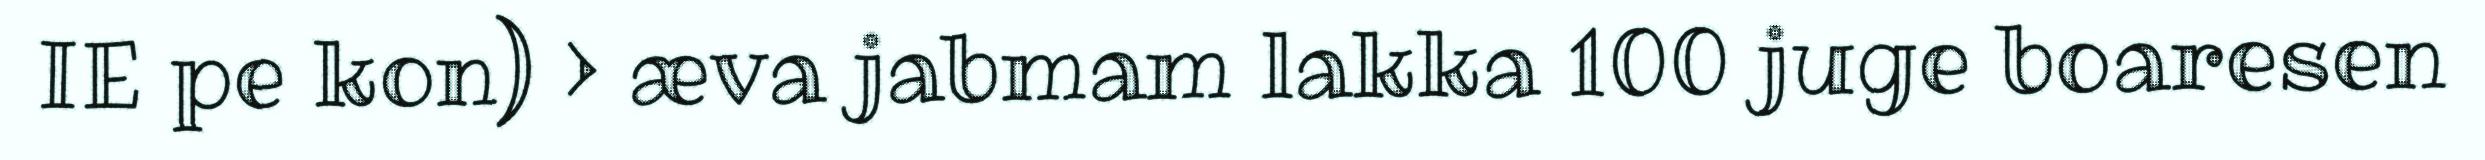
IE pe kon) > æva jabmam lakka 100 juge boaresen